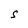
Character: S